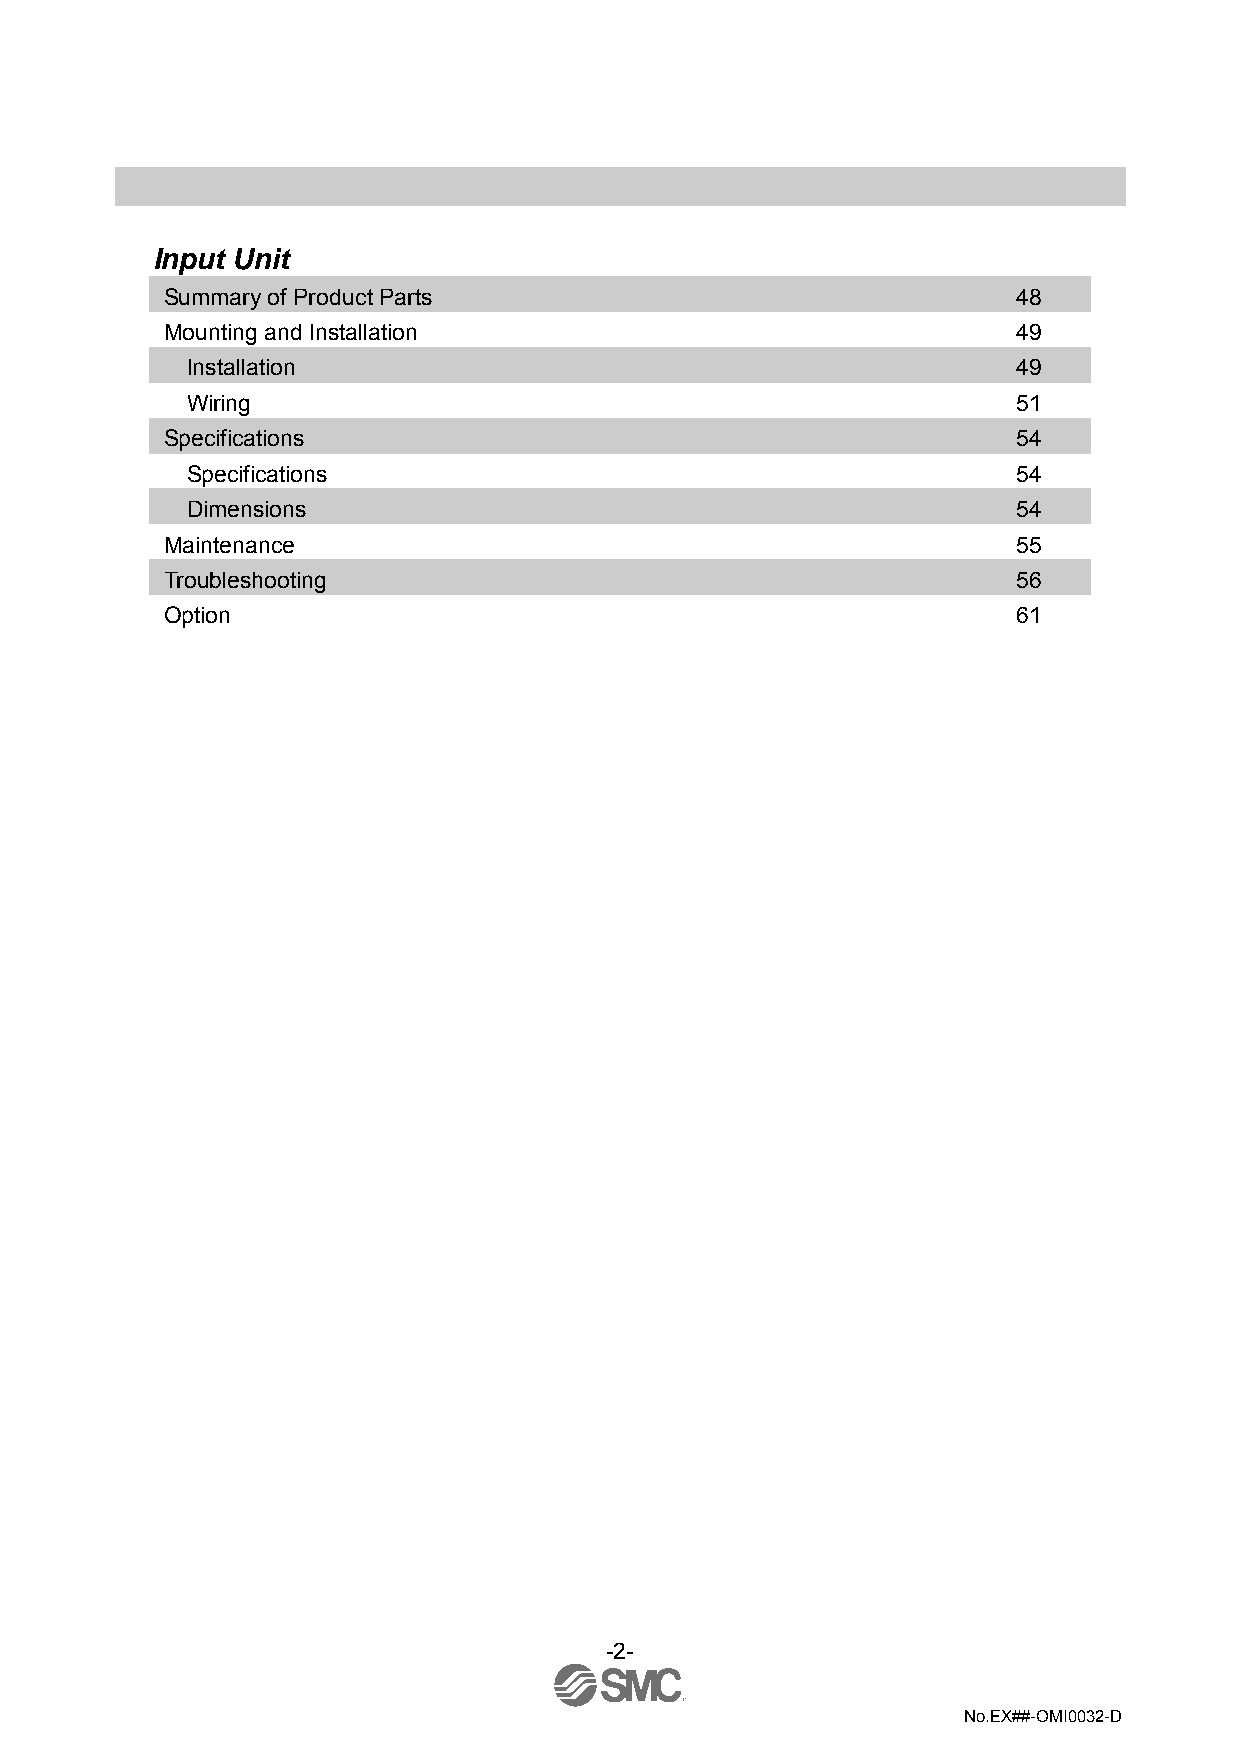
Input Unit
 Summary of Product Parts                                48
 Mounting and Installation                               49
 Installation                                           49
 Wiring                                                 51
 Specifications                                          54
 Specifications                                         54
 Dimensions                                             54
 Maintenance                                             55
 Troubleshooting                                         56
 Option                                                  61
 -2-
 No.EX##-OMI0032-D